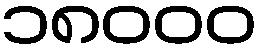
၁၈၀၀၀